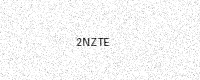
Text: 2NZTE